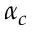
\alpha _ { c }